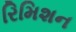
રિમિશન